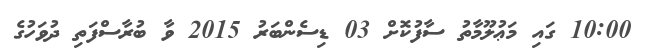
10:00 ގައި މަޢުލޫމާތު ސާފުކޮށް 03 ޑިސެންބަރު 2015 ވާ ބުރާސްފަތި ދުވަހުގެ